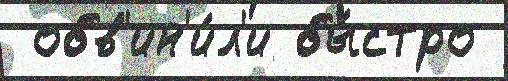
 обв'ин'и́л'и бы́стро